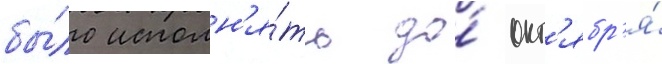
бы́ло исполн'я́ть до́ окт'ябр'я́